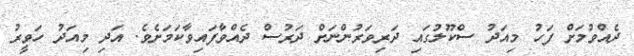
ދެއްވުމަށް ފަހު މިއަދު ސްކޫލުގައި ދަރިވަރުންނަށް ދަރުސް ދެއްވާފައިވާކަމަށެވެ. އަދި މިއަދު ހަވީރު